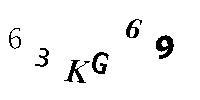
63KG69